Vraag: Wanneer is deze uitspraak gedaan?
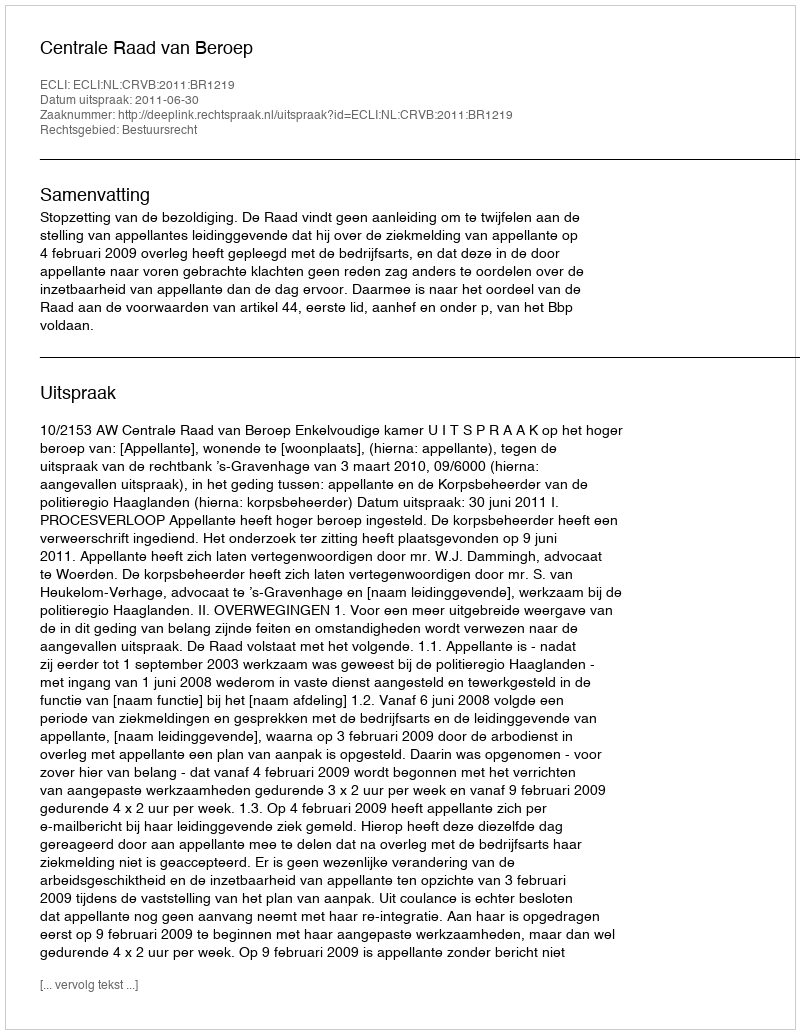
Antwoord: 2011-06-30